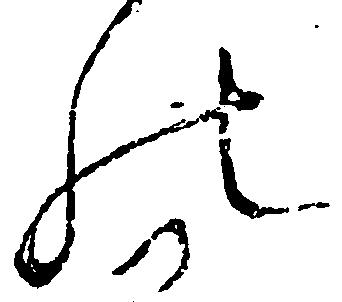
の